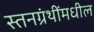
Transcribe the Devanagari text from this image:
स्तनग्रंथींमधील